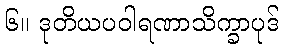
၆။ ဒုတိယပဝါရဏာသိက္ခာပုဒ်